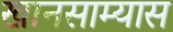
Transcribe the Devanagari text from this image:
खानसाम्यास